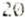
20